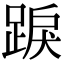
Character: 𨁸